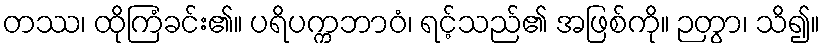
တဿ၊ ထိုကြံခင်း၏။ ပရိပက္ကဘာဝံ၊ ရင့်သည်၏ အဖြစ်ကို။ ဉတွာ၊ သိ၍။